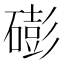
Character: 𥕱